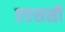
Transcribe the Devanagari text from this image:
एएससी